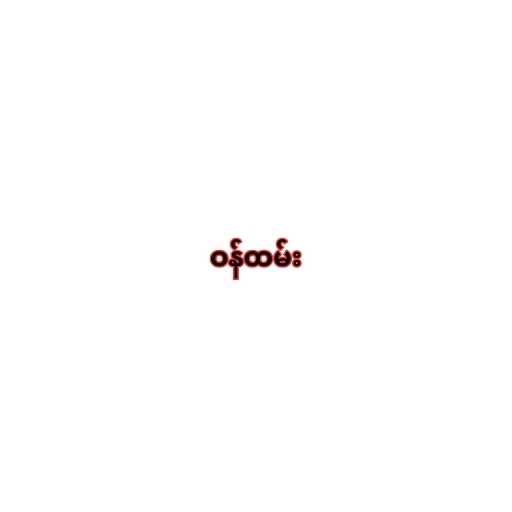
ဝန်ထမ်း